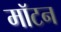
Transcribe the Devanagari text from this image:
मॉटन